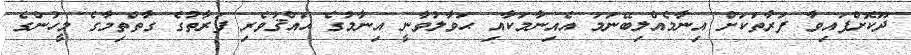
ދޫކޮށްފައިވާ ފަރާތަކަށް އިނާމެއްލިބޭނަމަ އެއިނާމަކާއި ޙަވާލުވާނީ އިނާމުގެ ޙައްޤުވެރި ފަރާތުގެ ގާތްތިމާގެ މީހުންގެ